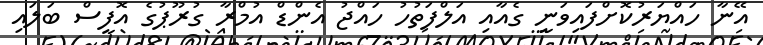
އޭނާ ހައްޔަރުކޮށްފައިވަނީ ގެއާއި އަލްފަތުހު ހައްޖު އެންޑް އުމްރާ ގުރޫޕުގެ އޮފީސް ބަލައި